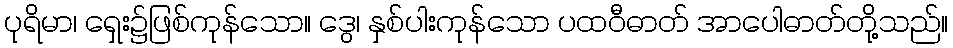
ပုရိမာ၊ ရှေး၌ဖြစ်ကုန်သော။ ဒွေ၊ နှစ်ပါးကုန်သော ပထဝီဓာတ် အာပေါဓာတ်တို့သည်။